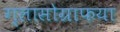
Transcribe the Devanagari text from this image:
ग्लासोग्राफया